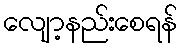
လျော့နည်းစေရန်